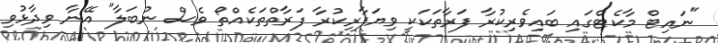
"ނައިޓް މާކެޓްގައި ބައިވެރިކުރާ ފަރާތަކަކީ ވިޔަފާރިކުރާ ފަރާތްތަކެއްތޯ ވެސް ނުބަލާ" އޭނާ ވިދާޅުވި